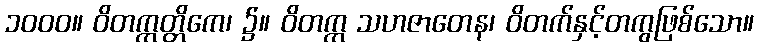
၁၀၀၀။ ဝိတက္ကတ္တိကေ၊ ၌။ ဝိတက္က သဟဇာတေန၊ ဝိတက်နှင့်တကွဖြစ်သော။